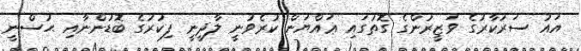
އައު ސަރުކާރުގެ ވަޒީރުންގެ ގޮތުގައި ޢައްޔަން ކުރެވުނީ ލާދީނީ ފިކުރުގެ ބޮޑުންނާއި ޙުސްނީ